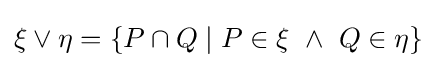
\xi \vee \eta =\{P\cap Q\mid P\in \xi \ \land \ Q\in \eta \}